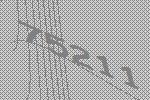
75211